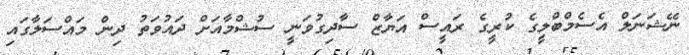
ނޭޝަނަލް އެސެމްބްލީގެ ކުރީގެ ރައީސް އަޔާޒް ސާދިގުވަނީ ސުޝްމާއަށް ދައުވަތު ދިން މައްސަލާގައި